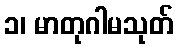
၁၊ မာတုဂါမသုတ်